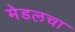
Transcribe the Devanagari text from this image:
मेडलचा